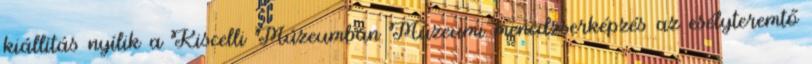
kiállítás nyílik a Kiscelli Múzeumban Múzeumi menedzserképzés az esélyteremtő